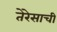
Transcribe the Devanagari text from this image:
तेरेसाची